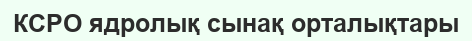
КСРО ядролық сынақ орталықтары